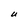
Character: U